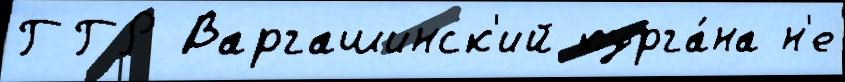
ГГР Варгашинск'ий курга́на н'е